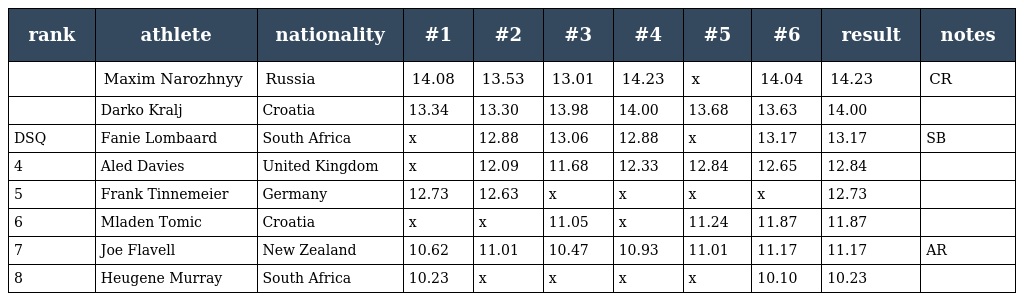
| rank | athlete | nationality | #1 | #2 | #3 | #4 | #5 | #6 | result | notes |
 | --- | --- | --- | --- | --- | --- | --- | --- | --- | --- | --- |
 |  | Maxim Narozhnyy | Russia | 14.08 | 13.53 | 13.01 | 14.23 | x | 14.04 | 14.23 | CR |
 |  | Darko Kralj | Croatia | 13.34 | 13.30 | 13.98 | 14.00 | 13.68 | 13.63 | 14.00 |  |
 | DSQ | Fanie Lombaard | South Africa | x | 12.88 | 13.06 | 12.88 | x | 13.17 | 13.17 | SB |
 | 4 | Aled Davies | United Kingdom | x | 12.09 | 11.68 | 12.33 | 12.84 | 12.65 | 12.84 |  |
 | 5 | Frank Tinnemeier | Germany | 12.73 | 12.63 | x | x | x | x | 12.73 |  |
 | 6 | Mladen Tomic | Croatia | x | x | 11.05 | x | 11.24 | 11.87 | 11.87 |  |
 | 7 | Joe Flavell | New Zealand | 10.62 | 11.01 | 10.47 | 10.93 | 11.01 | 11.17 | 11.17 | AR |
 | 8 | Heugene Murray | South Africa | 10.23 | x | x | x | x | 10.10 | 10.23 |  |